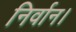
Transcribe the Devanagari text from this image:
निर्वान।